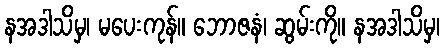
နအဒါသိမှ၊ မပေးကုန်။ ဘောဇနံ၊ ဆွမ်းကို။ နအဒါသိမှ၊